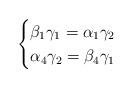
LaTeX: \begin{align*} \begin{cases}\beta_1\gamma_1=\alpha_1\gamma_2 \\\alpha_4\gamma_2=\beta_4\gamma_1\end{cases}\end{align*}